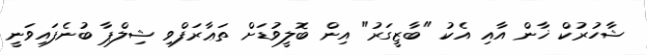
ޝާހުރުކް ޚާން އާއި އެކު "ބާޒީގަރު" އިން ބޮލީވުޑަށް ތަޢާރަފްވި ޝިލްޕާ ބުނެފައިވަނީ